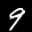
Label: 9